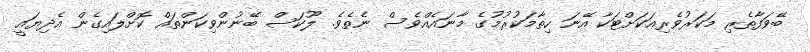
ބޭވަފާތެރި މަކަރުވެރިއަކަށްޓަކާ އޭނަ ހިތާމަކުރުމުގެ މާނައެއްވެސް ނެތެވެ. ލޫކަސް ބޭނުންވިކަންތައް ކޮށްލައިގެން އެދިޔައީ